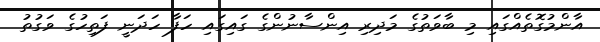
އާންމުގޮތެއްގައި މި ބާވަތުގެ މަދިރި އިންސާނުންގެ ގައިގައި ހަފާ ހަދަނީ ފަތިހުގެ ވަގުތު